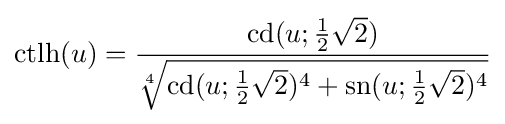
{\text{ctlh}}(u)={\frac {{\text{cd}}(u;{\tfrac {1}{2}}{\sqrt {2}})}{\sqrt[{4}]{{\text{cd}}(u;{\tfrac {1}{2}}{\sqrt {2}})^{4}+{\text{sn}}(u;{\tfrac {1}{2}}{\sqrt {2}})^{4}}}}